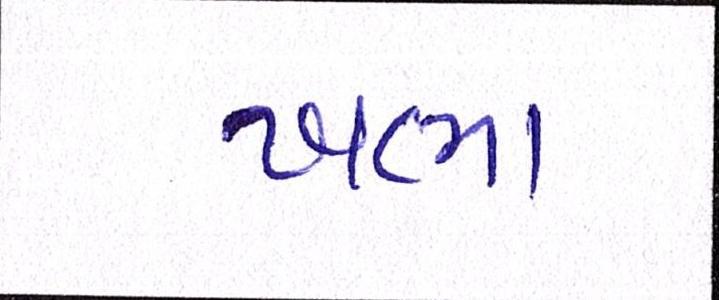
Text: ખભા